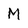
Character: M